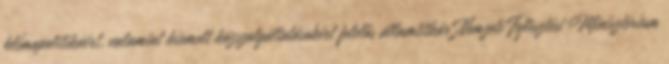
klímapolitikáért, valamint kiemelt közszolgáltatásokért felelős államtitkár Nemzeti Fejlesztési Minisztérium